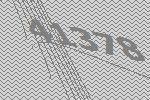
41378